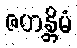
ဇဟန္တိမံ